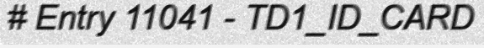
# Entry 11041 - TD1_ID_CARD